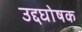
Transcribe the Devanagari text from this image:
उद्दघोषक